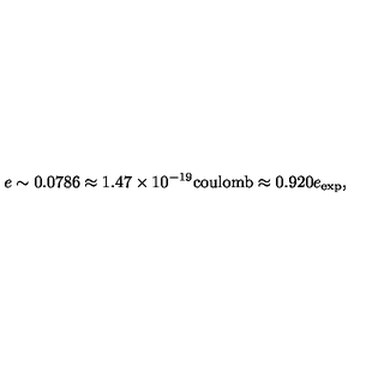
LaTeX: e \sim 0 . 0 7 8 6 \approx 1 . 4 7 \times 1 0 ^ { - 1 9 } \mathrm { c o u l o m b } \approx 0 . 9 2 0 e _ { \mathrm { e x p } } ,